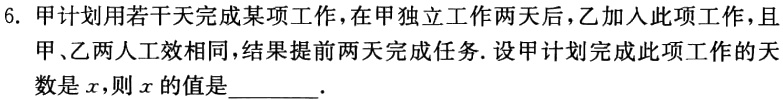
6. 甲计划用若干天完成某项工作，在甲独立工作两天后，乙加入此项工作，且

甲、乙两人工效相同，结果提前两天完成任务. 设甲计划完成此项工作的天

数是\(x\)，则\(x\)的值是________.